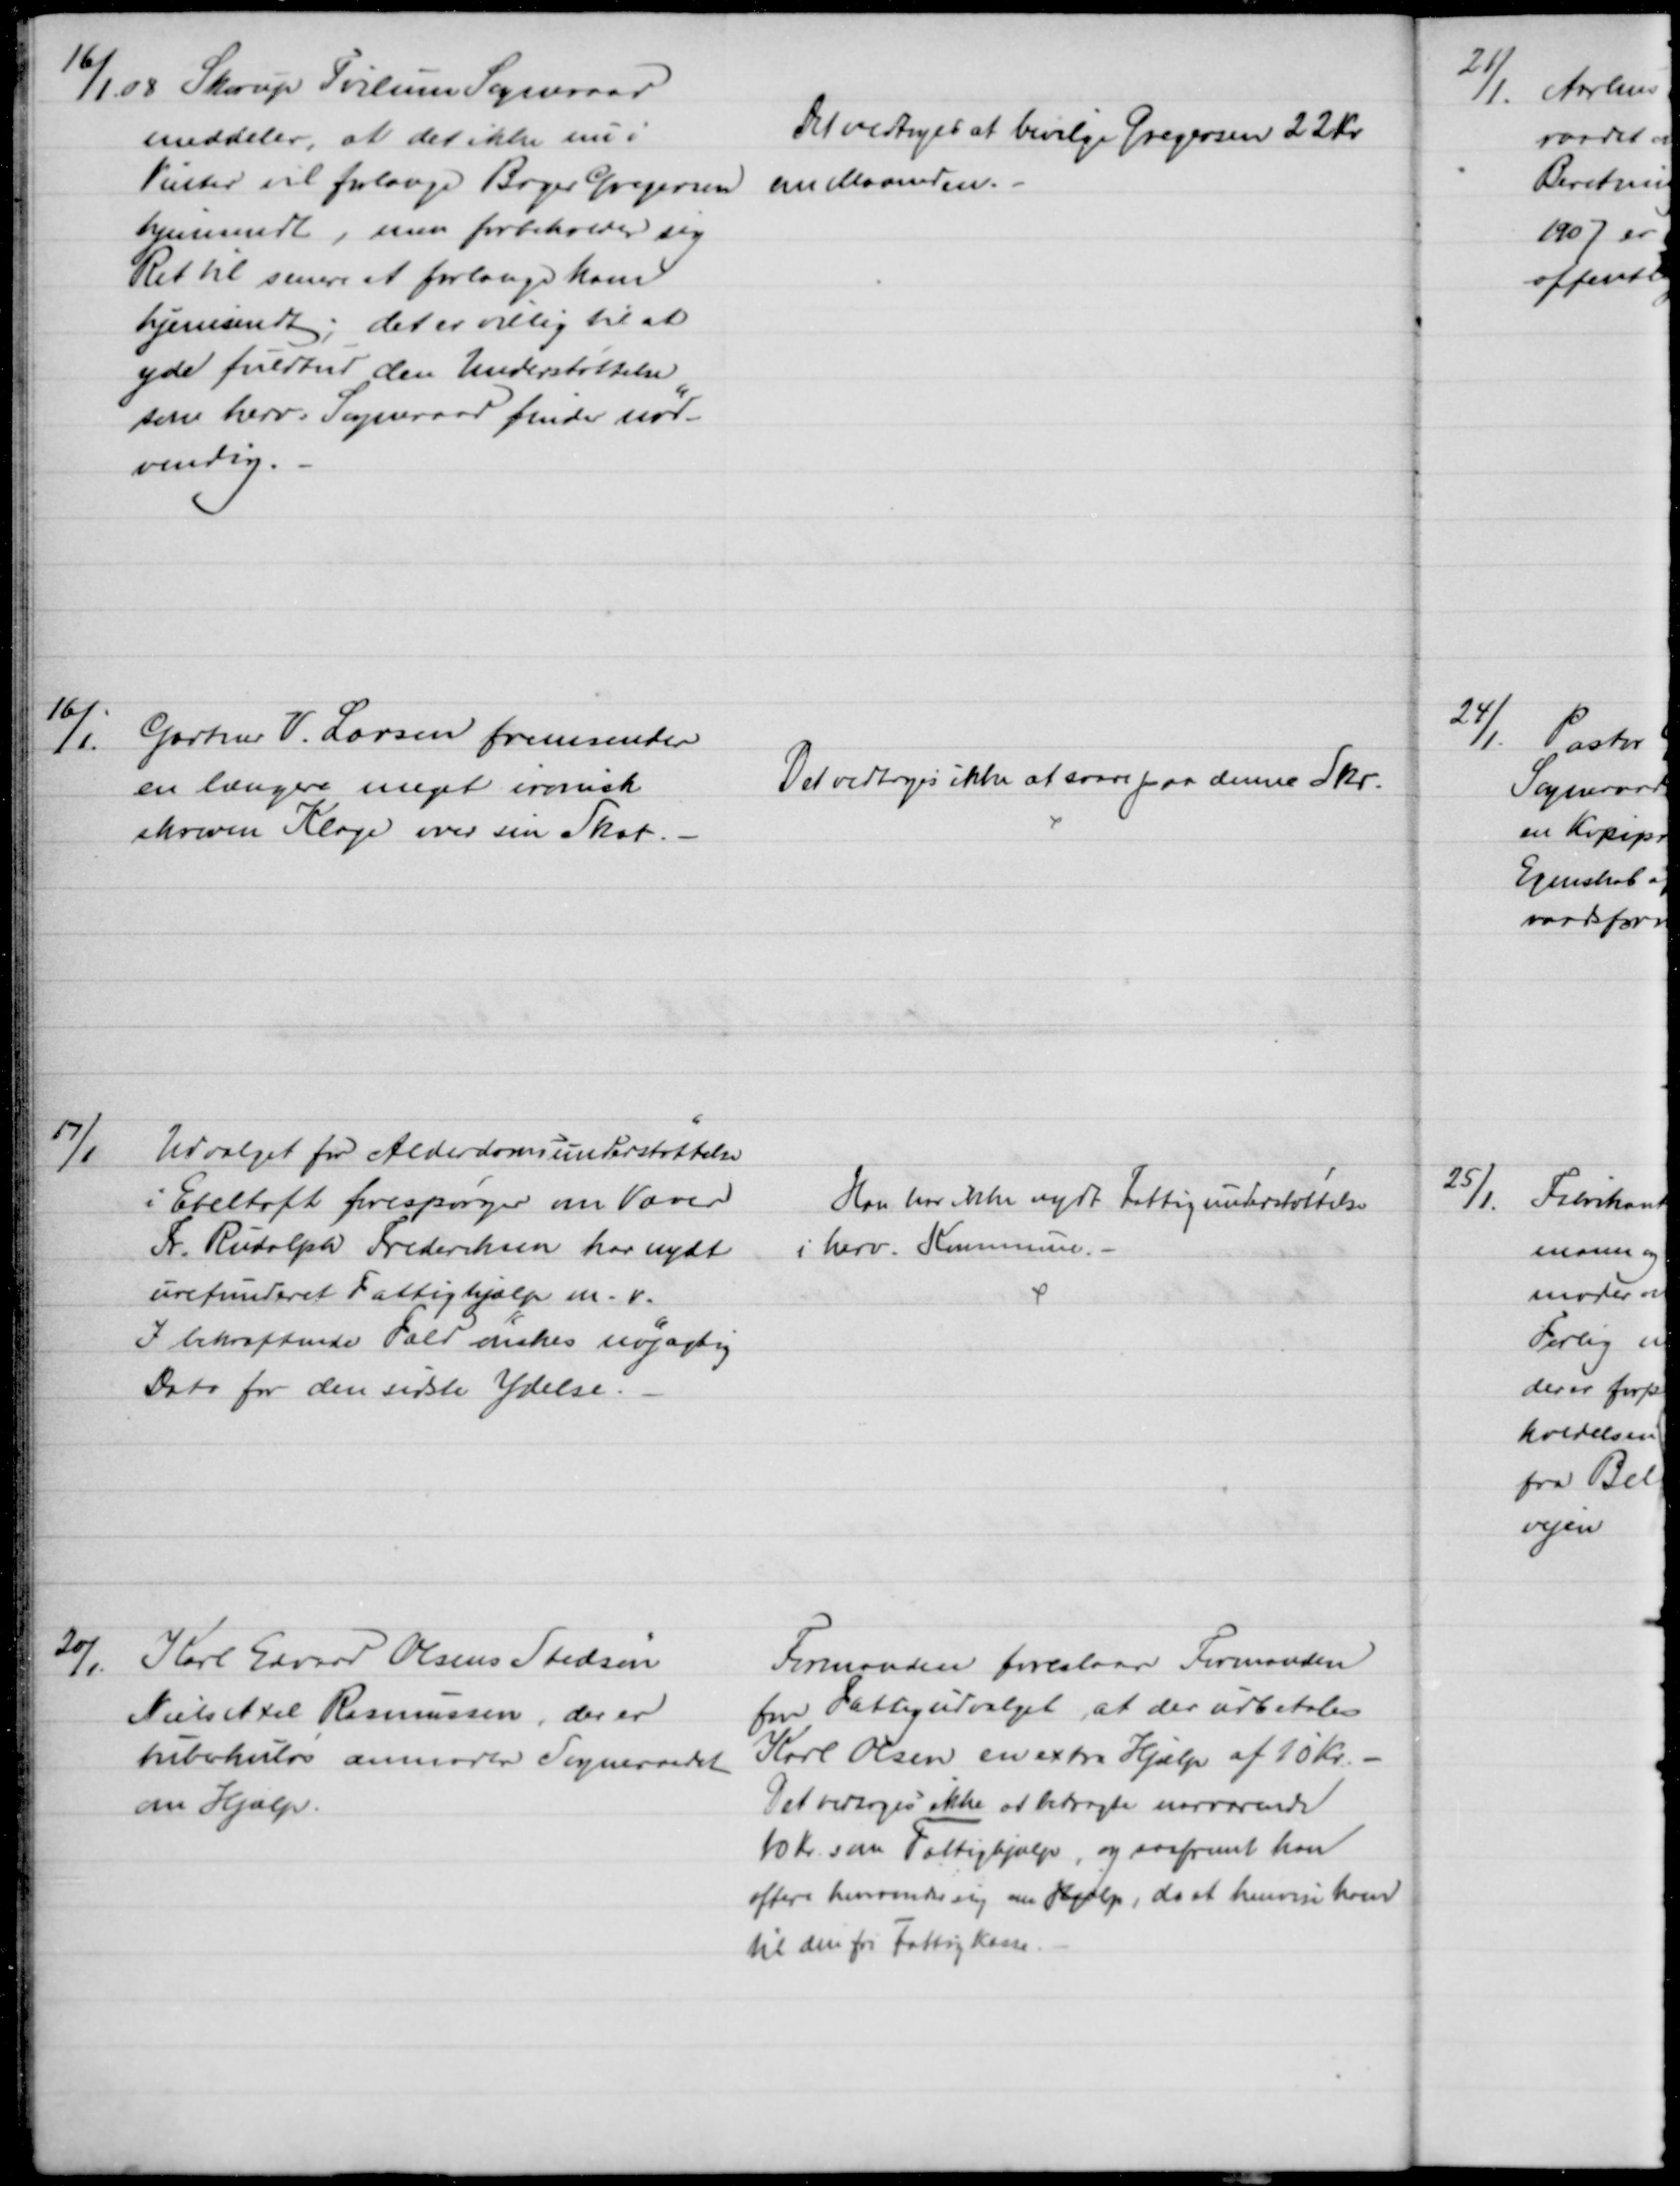
Transskription:
16/1. 08 Skorup Tvilum Sogneraad
meddeler, at det ikke nu i
Vinter vil forlange Birger Gregersen
hjemsendt, men forbeholder sig
Ret til senere at forlange ham
hjemsendt; det er villig til at
yde fuldtud den Understøttelse
som herv. Sogneraad finder nød-
vendig.
Det vedtoges at bevilge Gregersen 22 Kr
om Maaneden.
16/1.
Gartner V. Larsen fremsender
en længere meget ironisk
skreven Klage over sin Skat.
Det vedtoges ikke at svare paa denne Skr.
17/1
Udvalget for Alderdomsunderstøttelse
i Ebeltoft forespørger om Væver
Fr. Rudolph Frederiksen har nydt
urefunderet Fattighjælp m. v. 
I bekræftende Fald ønskes nøjagtig
Dato for den sidste Ydelse.
Han har ikke nydt Fattigunderstøttelse
i herv. Kommune. -
20/1.
Karl Edvard Olsens Stedsøn
Niels Axel Rasmussen, der er
tuberkuløs anmoder Sogneraadet
om Hjælp.
Formanden foreslaar Formanden
for Fattigudvalget, at der udbetales
Karl Olsen en extra Hjælp af 10 Kr.
Det vedtoges ikke at betragte nærværende
10 Kr. som Fattighjælp, og saafremt han
oftere henvender sig om Hjælp, da at henvise ham
til den for Fattigkasse.